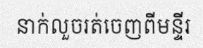
នាក់លួចរត់ចេញពីមន្ទីរ